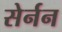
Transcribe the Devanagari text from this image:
सेर्नन